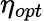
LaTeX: \eta_{opt}